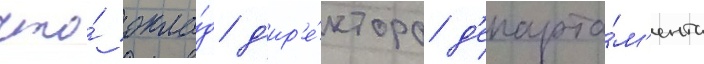
что́ окла́д д'ир'е́ктора д'епарта́м'ента